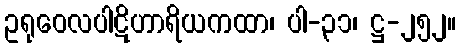
ဥရုဝေလပါဋိဟာရိယကထာ၊ ပါ-၃၁၊ ဋ္ဌ-၂၅၂။